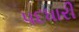
પદધારી